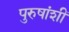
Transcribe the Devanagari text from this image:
पुरुषांशीं